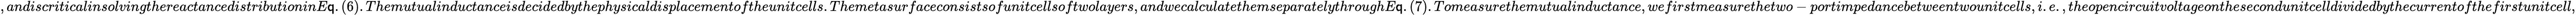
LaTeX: ,andiscriticalinsolvingthereactancedistributioninE\mathsf{q}.(6).Themutualinductanceisdecidedbythephysicaldisplacementoftheunitcells.Themetasurfaceconsistsofunitcellsoftwolayers,andwecalculatethemseparatelythroughE\mathsf{q}.(7).Tomeasurethemutualinductance,wefirstmeasurethetwo-portimpedancebetweentwounitcells,i.e.,theopencircuitvoltageonthesecondunitcelldividedbythecurrentofthefirstunitcell,